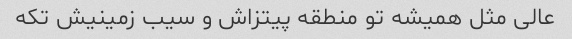
عالی مثل همیشه تو منطقه پیتزاش و سیب زمینیش تکه